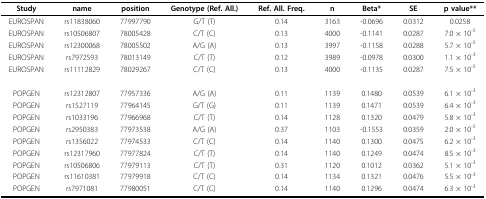
<table><thead><tr><td><b>Study</b></td><td><b>name</b></td><td><b>position</b></td><td><b>Genotype (Ref. All.)</b></td><td><b>Ref. All. Freq.</b></td><td><b>n</b></td><td><b>Beta*</b></td><td><b>SE</b></td><td><b>p value**</b></td></tr></thead><tbody><tr><td>EUROSPAN</td><td>rs11838060</td><td>77997790</td><td>G/T (T)</td><td>0.14</td><td>3163</td><td>-0.0696</td><td>0.0312</td><td>0.0258</td></tr><tr><td>EUROSPAN</td><td>rs10506807</td><td>78005428</td><td>C/T (C)</td><td>0.13</td><td>4000</td><td>-0.1141</td><td>0.0287</td><td>7.0 × 10<sup>-5</sup></td></tr><tr><td>EUROSPAN</td><td>rs12300068</td><td>78005502</td><td>A/G (A)</td><td>0.13</td><td>3997</td><td>-0.1158</td><td>0.0288</td><td>5.7 × 10<sup>-5</sup></td></tr><tr><td>EUROSPAN</td><td>rs7972593</td><td>78013149</td><td>C/T (T)</td><td>0.12</td><td>3989</td><td>-0.0978</td><td>0.0300</td><td>1.1 × 10<sup>-3</sup></td></tr><tr><td>EUROSPAN</td><td>rs11112829</td><td>78029267</td><td>C/T (C)</td><td>0.13</td><td>4000</td><td>-0.1135</td><td>0.0287</td><td>7.5 × 10<sup>-5</sup></td></tr><tr><td>POPGEN</td><td>rs12312807</td><td>77957336</td><td>A/G (A)</td><td>0.11</td><td>1139</td><td>0.1480</td><td>0.0539</td><td>6.1 × 10<sup>-3</sup></td></tr><tr><td>POPGEN</td><td>rs1527119</td><td>77964145</td><td>G/T (G)</td><td>0.11</td><td>1139</td><td>0.1471</td><td>0.0539</td><td>6.4 × 10<sup>-3</sup></td></tr><tr><td>POPGEN</td><td>rs1033196</td><td>77966968</td><td>C/T (T)</td><td>0.14</td><td>1128</td><td>0.1320</td><td>0.0479</td><td>5.8 × 10<sup>-3</sup></td></tr><tr><td>POPGEN</td><td>rs2950383</td><td>77973538</td><td>A/G (A)</td><td>0.37</td><td>1103</td><td>-0.1553</td><td>0.0359</td><td>2.0 × 10<sup>-5</sup></td></tr><tr><td>POPGEN</td><td>rs1356022</td><td>77974533</td><td>C/T (C)</td><td>0.14</td><td>1140</td><td>0.1300</td><td>0.0475</td><td>6.2 × 10<sup>-3</sup></td></tr><tr><td>POPGEN</td><td>rs12317960</td><td>77977824</td><td>C/T (T)</td><td>0.14</td><td>1140</td><td>0.1249</td><td>0.0474</td><td>8.5 × 10<sup>-3</sup></td></tr><tr><td>POPGEN</td><td>rs10506806</td><td>77979113</td><td>C/T (T)</td><td>0.31</td><td>1120</td><td>0.1012</td><td>0.0362</td><td>5.1 × 10<sup>-3</sup></td></tr><tr><td>POPGEN</td><td>rs11610381</td><td>77979918</td><td>C/T (C)</td><td>0.14</td><td>1134</td><td>0.1321</td><td>0.0476</td><td>5.5 × 10<sup>-3</sup></td></tr><tr><td>POPGEN</td><td>rs7971081</td><td>77980051</td><td>C/T (C)</td><td>0.14</td><td>1140</td><td>0.1296</td><td>0.0474</td><td>6.3 × 10<sup>-3</sup></td></tr></tbody></table>